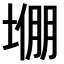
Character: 𫮙